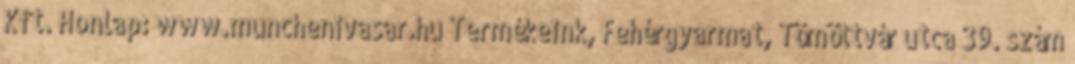
Kft. Honlap: www.munchenivasar.hu Termékeink, Fehérgyarmat, Tömöttvár utca 39. szám